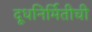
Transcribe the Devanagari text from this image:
दूधनिर्मितीची